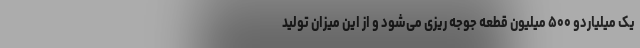
یک میلیاردو ۵۰۰ میلیون قطعه جوجه ریزی می‌شود و از این میزان تولید